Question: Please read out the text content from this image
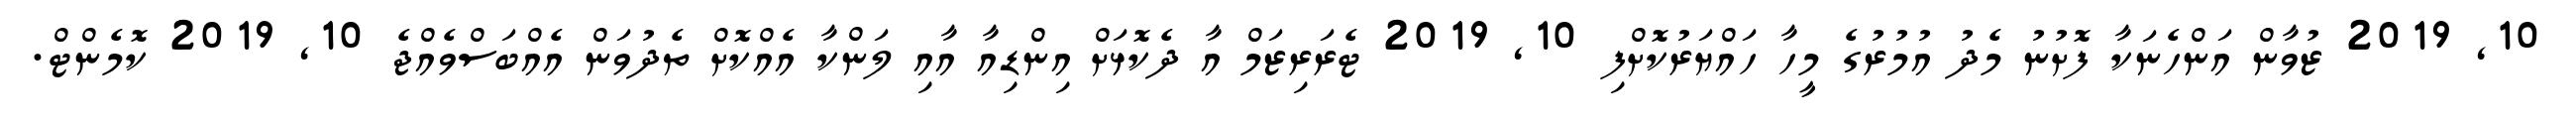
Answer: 10, 2019 ޒުވާން އަންހެނަކާ ފޮށުނު މެދު އުމުރުގެ މީހާ ހައްޔަރުކޮށްފި 10, 2019 ޓެރަރިޒަމް އާ ދެކޮޅަށް އިންޑިއާ އާއި ލަންކާ އެއްކޮށް ތެދުވަން އެއްބަސްވެއްޖެ 10, 2019 ކޮމެންޓް.